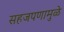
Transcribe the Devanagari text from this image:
सहजपणामुळे